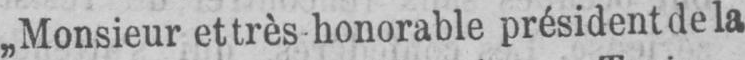
„Monsieur et très-honorable président de la